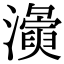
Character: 𭳛